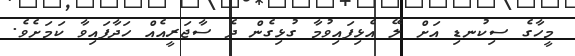
މީހާގެ ސިކުނޑި އަށް ލޭ އެޅިފައިވުމާ ގުޅިގެން ދެ ސާޖަރީއެއް ހަދާފައިވާ ކަމަށެވެ.